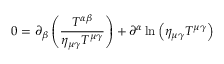
0 = \partial _ { \beta } \left( \frac { T ^ { \alpha \beta } } { \eta _ { \mu \gamma } T ^ { \mu \gamma } } \right) + \partial ^ { \alpha } \ln { \left( \eta _ { \mu \gamma } T ^ { \mu \gamma } \right) }